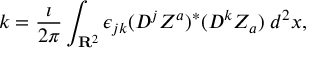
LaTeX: k = \frac { \imath } { 2 \pi } \int _ { { \bf R } ^ { 2 } } \epsilon _ { j k } ( D ^ { j } Z ^ { a } ) ^ { * } ( D ^ { k } Z _ { a } ) \; d ^ { 2 } x ,